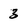
Character: 3